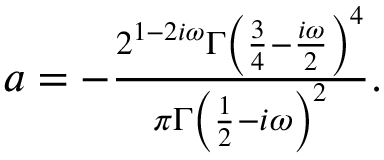
\begin{array} { r } { a = - \frac { 2 ^ { 1 - 2 i \omega } \Gamma \left( \frac { 3 } { 4 } - \frac { i \omega } { 2 } \right) ^ { 4 } } { \pi \Gamma \left( \frac { 1 } { 2 } - i \omega \right) ^ { 2 } } . } \end{array}